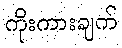
ကိုးကားချက်